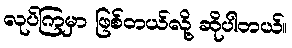
လုပ်ကြမှာ ဖြစ်တယ်လို့ ဆိုပါတယ်။